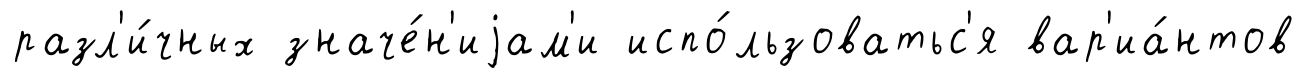
разл'и́чных значе́н'иjам'и испо́льзоватьс'я вар'иа́нтов